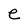
Character: e